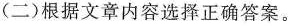
(二)根据文章内容选择正确答案。